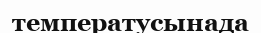
температусынада